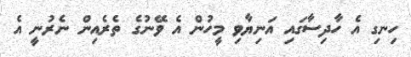
ހިނގި އެ ހާދިސާގައި އަނިޔާވި މީހުން އެ ވޭނުގެ ތެރެއިން ނެރުނީ އެ